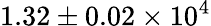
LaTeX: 1.32\pm 0.02\times 10^{4}